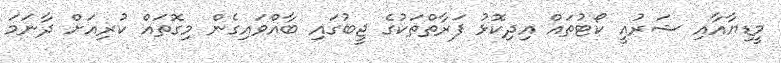
މީޑިޔާއާއި ޝަރުއީ ކޯޓުތައް އިދިކޮޅު ފަރާތްތަކުގެ ޖީބުގައި ބާއްވައިގެން މިގޮތައް ކުރިއަށް ދާނަމަ